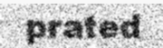
prated